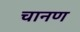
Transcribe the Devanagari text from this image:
चानण